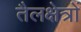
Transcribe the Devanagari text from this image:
तैलक्षेत्रों